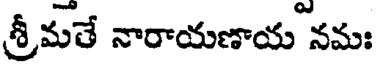
శ్రీమతే నారాయణాయ నమః